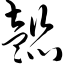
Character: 懿